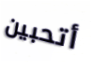
أتحبين